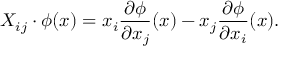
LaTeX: X _ { i j } \cdot \phi ( x ) = x _ { i } { \frac { \partial \phi } { \partial x _ { j } } } ( x ) - x _ { j } { \frac { \partial \phi } { \partial x _ { i } } } ( x ) .